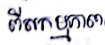
ពីសកម្មភាព